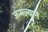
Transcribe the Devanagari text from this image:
जन्मल्याने